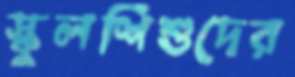
স্কুলশিশুদের